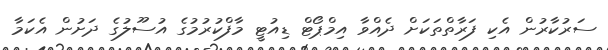
ސަރުކާރުން އެކި ފަރާތްތަކަށް ދެއްވާ އިމްޕޯޓް ޑިއުޓީ މާފްކުރުމުގެ އުސޫލުގެ ދަށުން އެކަމާ